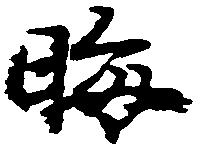
晦